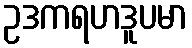
ဥဒကရဟဒူပမာ